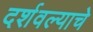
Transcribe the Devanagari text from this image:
दर्शवल्याचे